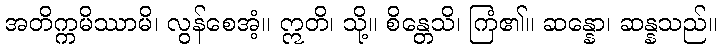
အတိက္ကမိဿာမိ၊ လွန်စေအံ့။ ဣတိ၊ သို့။ စိန္တေသိ၊ ကြံ၏။ ဆန္နော၊ ဆန္နသည်။